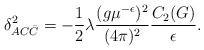
\begin{align*}\delta_{AC\bar{C}}^2 =-\frac12\lambda \frac{(g\mu^{-\epsilon})^2}{(4\pi)^2} \frac{C_2(G)}{\epsilon} .\end{align*}